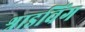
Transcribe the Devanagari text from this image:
श्राइविंग